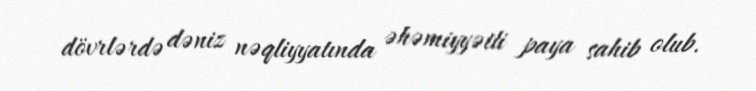
dövrlərdə dəniz nəqliyyatında əhəmiyyətli paya sahib olub.